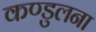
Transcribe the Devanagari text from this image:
कण्डुलना